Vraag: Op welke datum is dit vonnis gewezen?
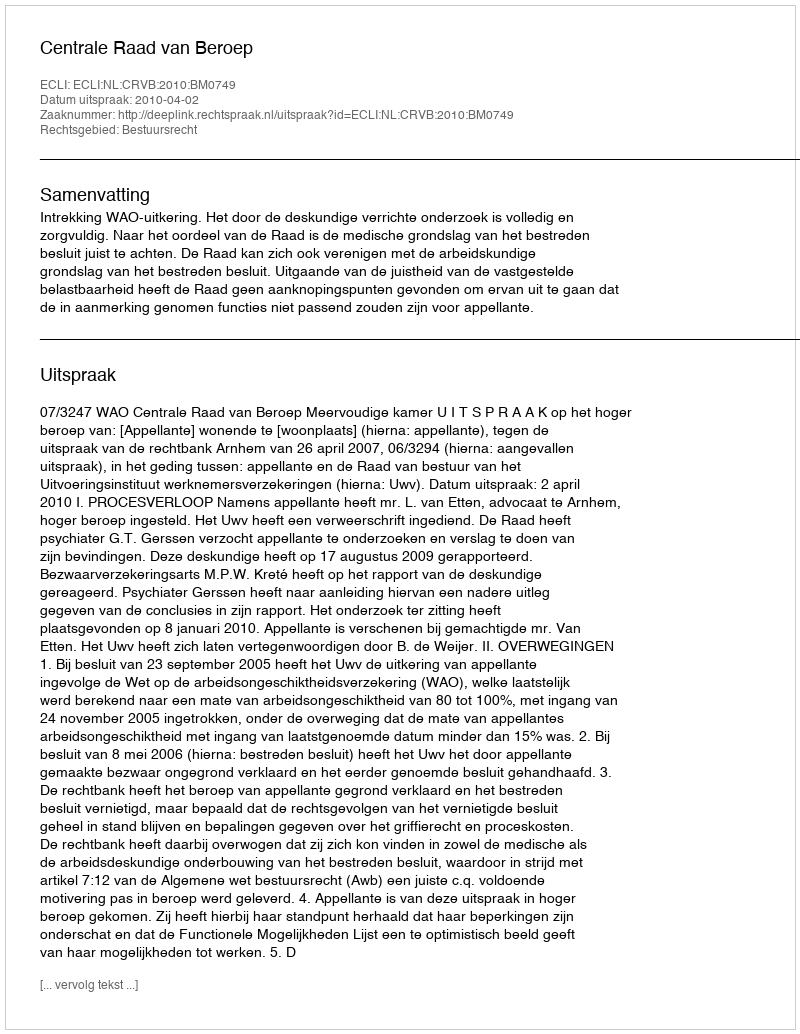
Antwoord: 2010-04-02